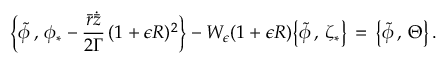
\Bigl \{ \tilde { \phi } \, , \, \phi _ { * } - \frac { \bar { r } \dot { \bar { z } } } { 2 \Gamma } \, ( 1 + \epsilon R ) ^ { 2 } \Bigr \} - W _ { \epsilon } ( 1 + \epsilon R ) \bigl \{ \tilde { \phi } \, , \, \zeta _ { * } \bigr \} \, = \, \bigl \{ \tilde { \phi } \, , \, \Theta \bigr \} \, .